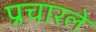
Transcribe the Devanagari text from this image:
प्रचारले